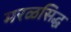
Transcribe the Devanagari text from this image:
मरळसिद्ध